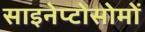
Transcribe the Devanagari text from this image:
साइनेप्टोसोमों